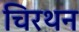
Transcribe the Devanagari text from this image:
चिरथन